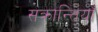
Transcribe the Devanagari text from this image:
संक्रान्तियाँ